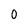
Character: 0